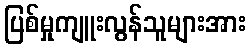
ပြစ်မှုကျူးလွန်သူများအား